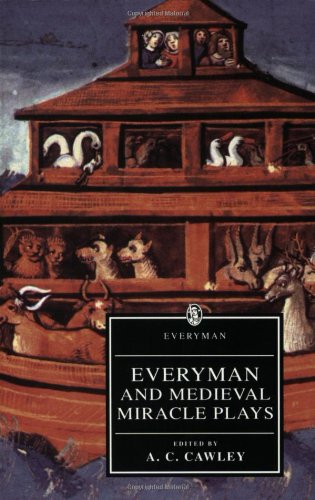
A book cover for Everyman and Medieval Miracle Plays; Literature & Fiction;